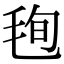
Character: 毥